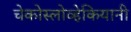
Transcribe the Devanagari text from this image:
चेकोस्लोव्हेकियानी